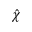
\hat { \chi }